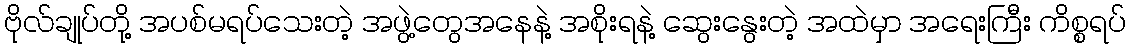
ဗိုလ်ချုပ်တို့ အပစ်မရပ်သေးတဲ့ အဖွဲ့တွေအနေနဲ့ အစိုးရနဲ့ ဆွေးနွေးတဲ့ အထဲမှာ အရေးကြီး ကိစ္စရပ်